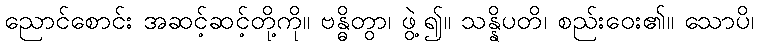
ညောင်စောင်း အဆင့်ဆင့်တို့ကို။ ဗန္ဓိတွာ၊ ဖွဲ့၍။ သန္နိပတိ၊ စည်းဝေး၏။ သောပိ၊